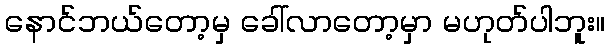
နောင်ဘယ်တော့မှ ခေါ်လာတော့မှာ မဟုတ်ပါဘူး။